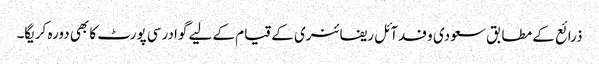
ذرائع کے مطابق سعودی وفدآئل ریفائنری کے قیام کے لیے گوادرسی پورٹ کا بھی دورہ کریگا۔